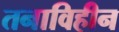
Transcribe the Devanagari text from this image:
तनाविहीन